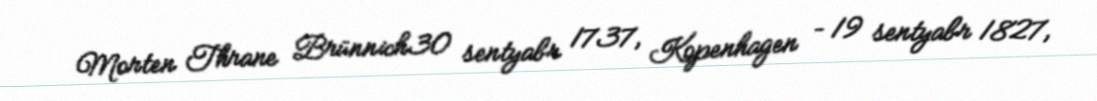
Morten Thrane Brünnich30 sentyabr 1737, Kopenhagen – 19 sentyabr 1827,